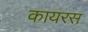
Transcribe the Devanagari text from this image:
कायरस